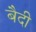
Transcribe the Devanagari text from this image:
बैदी